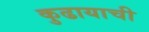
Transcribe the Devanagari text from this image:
कुढायाची